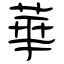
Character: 華